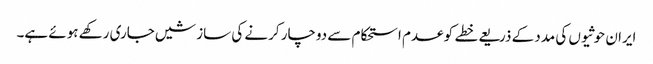
ایران حوثیوں کی مدد کے ذریعے خطے کو عدم استحکام سے دوچار کرنے کی سازشیں جاری رکھے ہوئے ہے۔